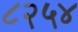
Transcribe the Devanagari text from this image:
८२५४